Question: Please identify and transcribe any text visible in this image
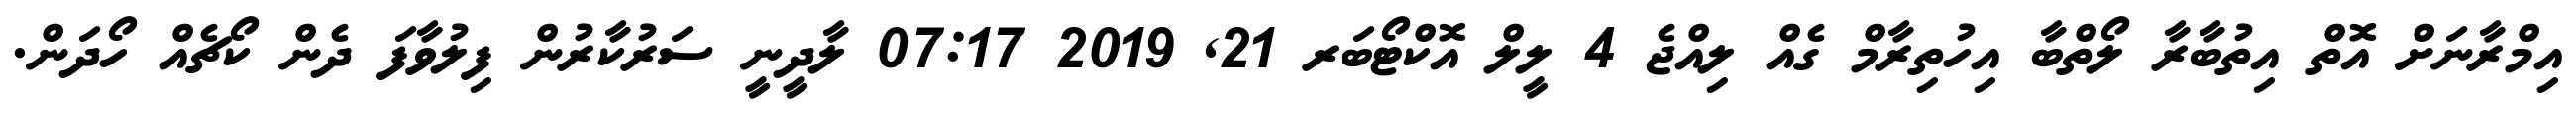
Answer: އިމްރާނަށް އޮތް އިތުބާރާ ލޯތްބާ އިހުތިރާމް ގެއް ލިއްޖެ 4 ލީލް އޮކްޓޯބަރ 21, 2019 07:17 ލާދީނީ ސަރުކާރުން ފިލުވާފަ ދެން ކޯޗެއް ހޯދަން.